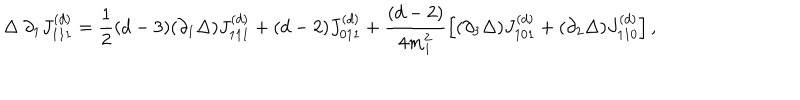
\Delta ~ \partial _ { 1 } J _ { 1 1 1 } ^ { ( d ) } = \frac 1 2 ( d - 3 ) ( \partial _ { 1 } \Delta ) J _ { 1 1 1 } ^ { ( d ) } + ( d - 2 ) J _ { 0 1 1 } ^ { ( d ) } + \frac { ( d - 2 ) } { 4 m _ { 1 } ^ { 2 } } \left[ ( \partial _ { 3 } \Delta ) J _ { 1 0 1 } ^ { ( d ) } + ( \partial _ { 2 } \Delta ) J _ { 1 1 0 } ^ { ( d ) } \right] ,